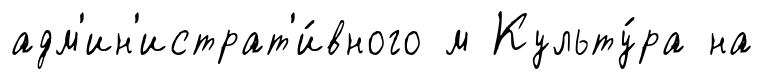
адм'ин'истрат'и́вного м Культу́ра на